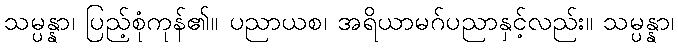
သမ္ပန္နာ၊ ပြည့်စုံကုန်၏။ ပညာယစ၊ အရိယာမဂ်ပညာနှင့်လည်း။ သမ္ပန္နာ၊